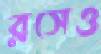
রসেও